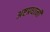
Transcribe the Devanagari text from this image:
अष्टप्रधानी